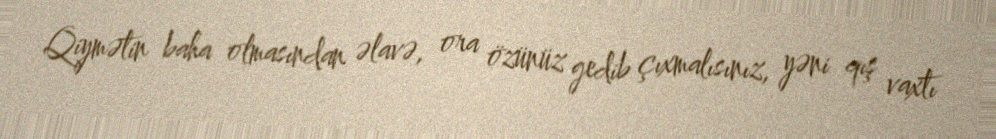
Qiymətin baha olmasından əlavə, ora özünüz gedib çıxmalısınız, yəni qış vaxtı